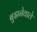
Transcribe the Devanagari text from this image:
बुझनेवाले